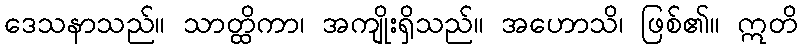
ဒေသနာသည်။ သာတ္ထိကာ၊ အကျိုးရှိသည်။ အဟောသိ၊ ဖြစ်၏။ ဣတိ